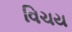
વિચય